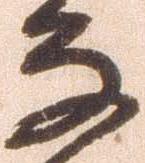
な